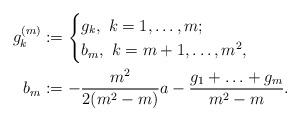
LaTeX: \begin{align*}g_k^{(m)} &:= \begin{cases}g_k,\ k = 1, \ldots, m;\\b_m,\ k = m + 1, \ldots, m^2,\end{cases}\\ b_m &:= -\frac{m^2}{2(m^2 - m)}a - \frac{g_1 + \ldots + g_m}{m^2 - m}.\end{align*}